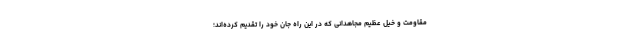
مقاومت و خِیل عظیم مجاهدانی که در این راه جان خود را تقدیم کرده‌اند؛